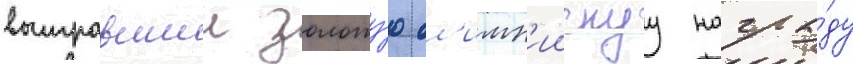
выигравшии золоту́ю ол'имп'иискуу награ́ду